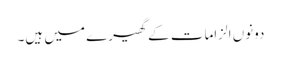
دونوں الزامات کے گھیرے میں ہیں۔